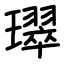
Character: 璻